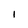
Character: I